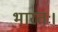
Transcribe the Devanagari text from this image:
भारतः।